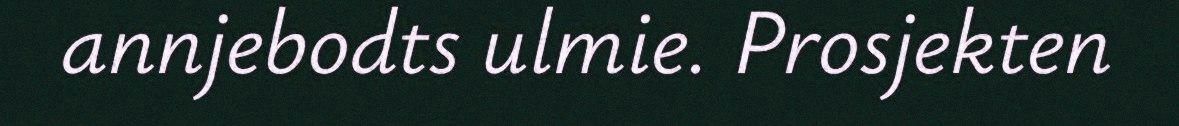
annjebodts ulmie. Prosjekten